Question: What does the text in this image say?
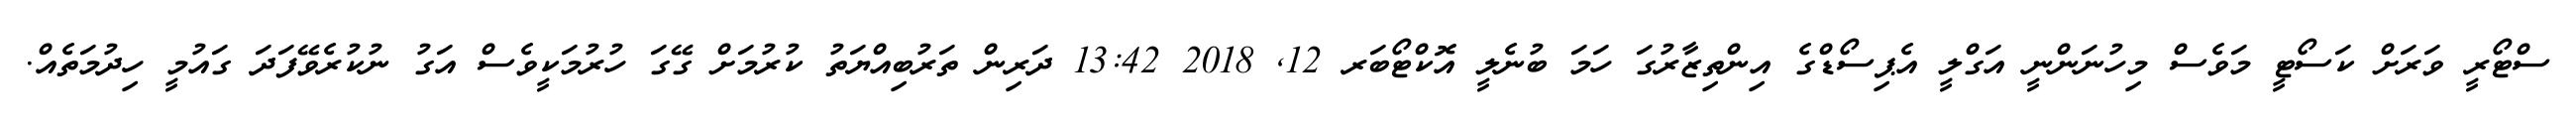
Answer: ސްޓޯރީ ވަރަށް ކަސޯޓީ މަވެސް މިހުނަންނީ އަގްލީ އެޕިސޯޑްގެ އިންތިޒާރުގަ ހަމަ ބުނެލީ އޮކްޓޯބަރ 12, 2018 13:42 ދަރިން ތަރުބިއްޔަތު ކުރުމަށް ގޭގަ ހުރުމަކީވެސް އަގު ނުކުރެވޭފަދަ ގައުމީ ހިދުމަތެއް.